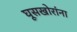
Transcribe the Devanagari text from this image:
घूसखोरांना